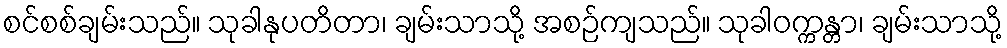
စင်စစ်ချမ်းသည်။ သုခါနုပတိတာ၊ ချမ်းသာသို့ အစဉ်ကျသည်။ သုခါဝက္ကန္တာ၊ ချမ်းသာသို့